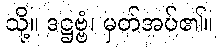
သို့။ ဒဋ္ဌဗ္ဗံ၊ မှတ်အပ်၏။